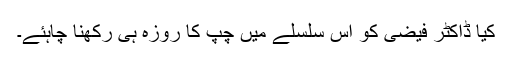
کیا ڈاکٹر فیضی کو اس سلسلے میں چپ کا روزہ ہی رکھنا چاہئے۔